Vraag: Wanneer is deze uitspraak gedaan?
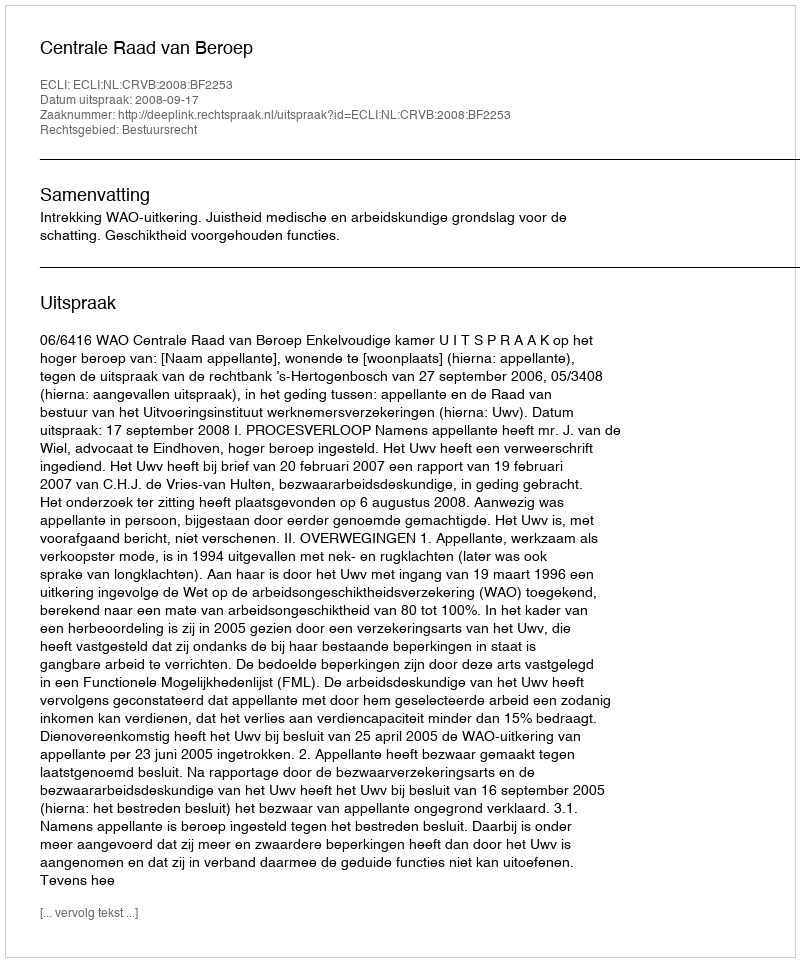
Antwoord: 2008-09-17